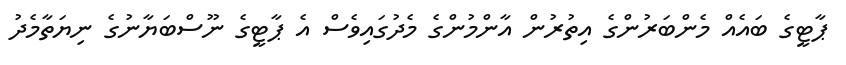
ޕާޓީގެ ބައެއް މެންބަރުންގެ އިތުރުން އާންމުންގެ މެދުގައިވެސް އެ ޕާޓީގެ ނޫސްބަޔާނުގެ ނިޔަތާމެދު